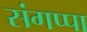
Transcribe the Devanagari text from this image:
संगप्पा